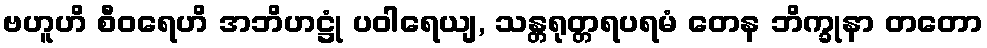
ဗဟူဟိ စီဝရေဟိ အဘိဟဋ္ဌုံ ပဝါရေယျ, သန္တရုတ္တရပရမံ တေန ဘိက္ခုနာ တတော